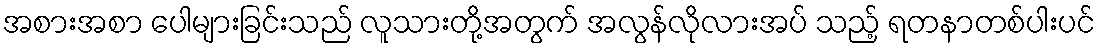
အစားအစာ ပေါများခြင်းသည် လူသားတို့အတွက် အလွန်လိုလားအပ် သည့် ရတနာတစ်ပါးပင်